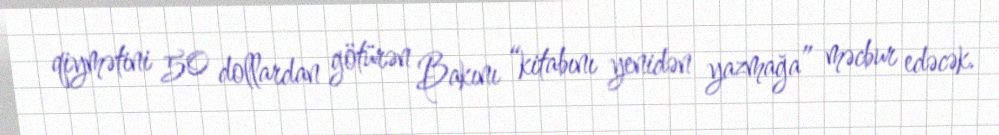
qiymətini 50 dollardan götürən Bakını “kitabını yenidən yazmağa” məcbur edəcək.